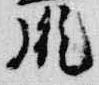
胤